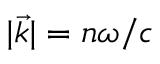
| \vec { k } | = n \omega / c